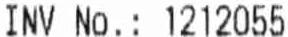
INV NO.: 1212055